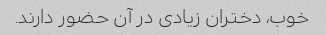
خوب، دختران زیادی در آن حضور دارند.